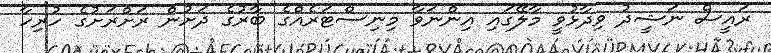
ރައީސް ނަޝީދު ވިދާޅުވީ މާލޭގައި އިންނަވާ މިނިސްޓަރެއްގެ ބާރުގެ ދަށުން ރަށްރަށުގެ ހުރިހާ